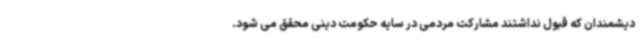
دیشمندان که قبول نداشتند مشارکت مردمی در سایه حکومت دینی محقق می شود.